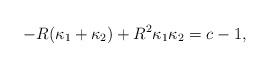
LaTeX: \begin{align*} - R(\kappa_1 + \kappa_2) + R^2\kappa_1\kappa_2 = c -1,\end{align*}